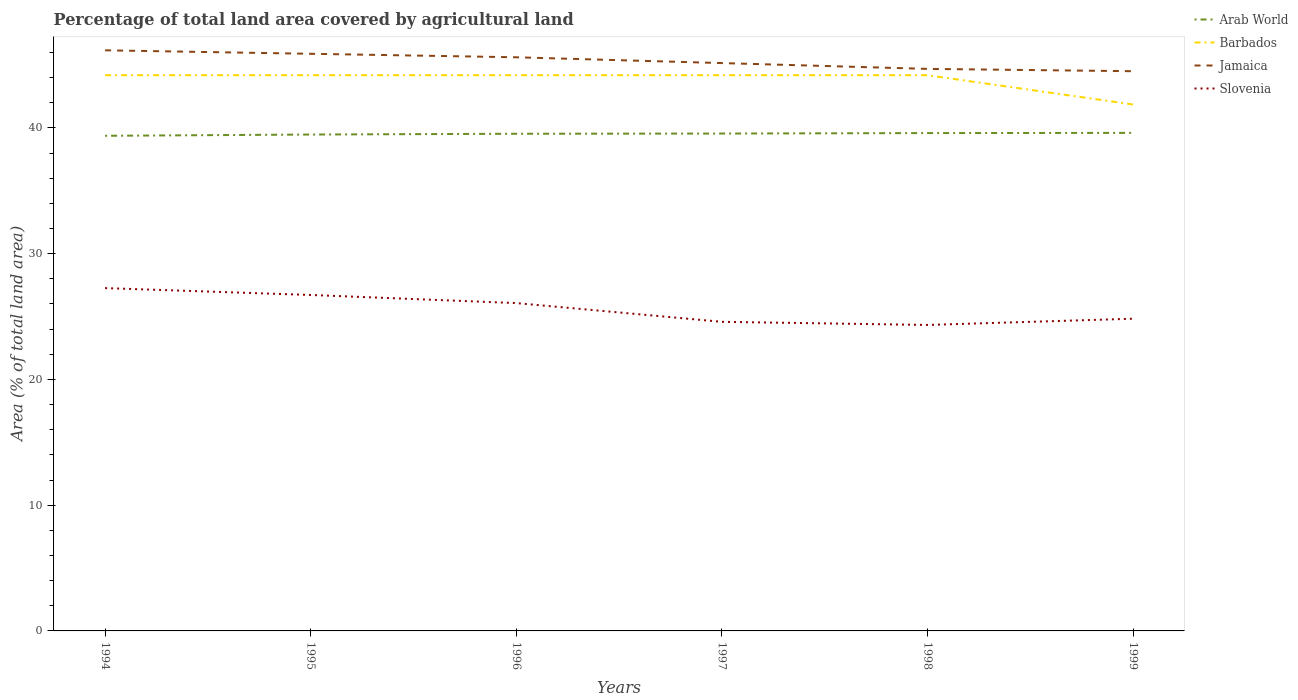
| Years | Arab World | Barbados | Jamaica | Slovenia |
 | --- | --- | --- | --- | --- |
 | 1994 | 39.4 | 44.2 | 46.2 | 27.3 |
 | 1995 | 39.5 | 44.2 | 45.9 | 26.7 |
 | 1996 | 39.5 | 44.2 | 45.6 | 26.1 |
 | 1997 | 39.5 | 44.2 | 45.2 | 24.6 |
 | 1998 | 39.6 | 44.2 | 44.7 | 24.3 |
 | 1999 | 39.6 | 41.9 | 44.5 | 24.8 |